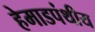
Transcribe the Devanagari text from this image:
हेमाडपंथीय